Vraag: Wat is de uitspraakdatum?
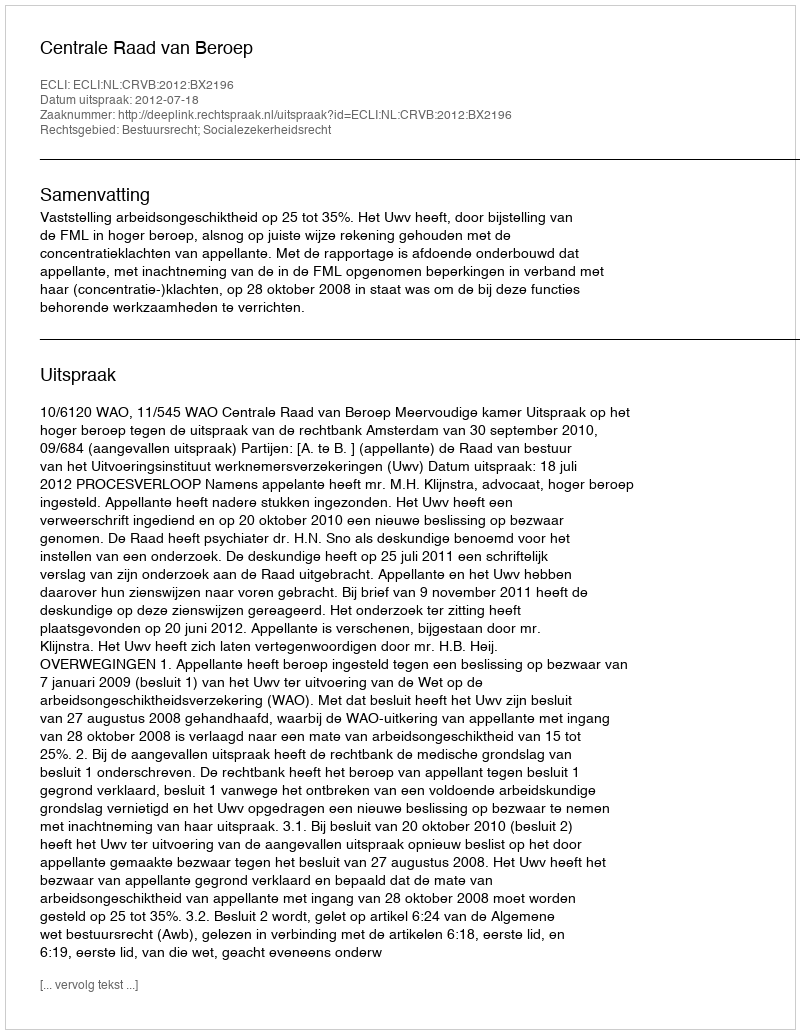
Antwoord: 2012-07-18